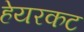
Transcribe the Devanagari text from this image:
हेयरकट